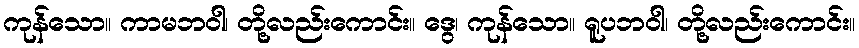
ကုန်သော။ ကာမဘဝါ၊ တို့လည်းကောင်း။ ဒွေ၊ ကုန်သော။ ရူပဘဝါ၊ တို့လည်းကောင်း။